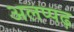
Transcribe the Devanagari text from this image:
अलप्पढ़